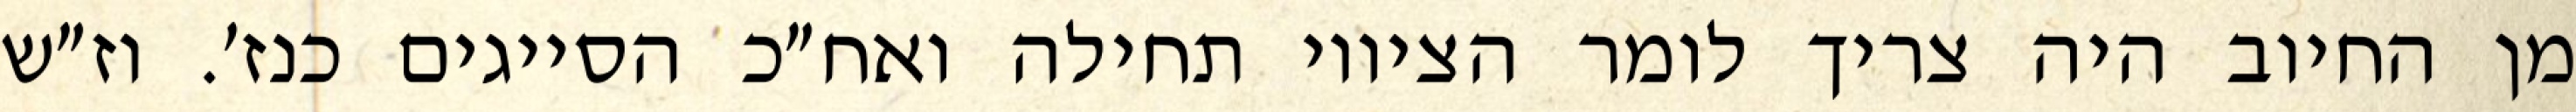
מן החיוב היה צריך לומר הציווי תחילה ואח״כ הסייגים כנז׳. וז״ש